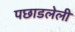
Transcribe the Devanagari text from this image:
पछाडलेली